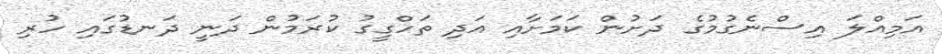
އަމިއްލަ އިސްނެގުމުގެ ދަށުން ކަމަށާއި އަދި ތަހްގީގު ކުރަމުން ދަނީ ދަނޑުގައި ހުރި